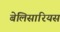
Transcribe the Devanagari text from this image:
बेलिसारियस